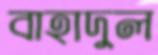
বাহাদুল